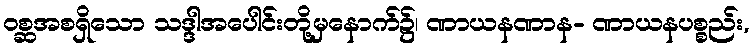
ဝစ္ဆအစရှိသော သဒ္ဒါအပေါင်းတို့မှနောက်၌၊ ဏာယနဏာန- ဏာယနပစ္စည်း,